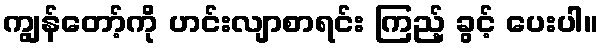
ကျွန်တော့်ကို ဟင်းလျာစာရင်း ကြည့် ခွင့် ပေးပါ။